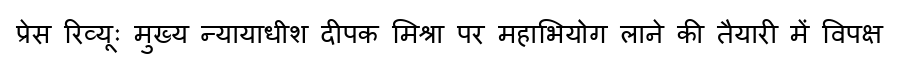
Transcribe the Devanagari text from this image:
प्रेस रिव्यूः मुख्य न्यायाधीश दीपक मिश्रा पर महाभियोग लाने की तैयारी में विपक्ष